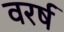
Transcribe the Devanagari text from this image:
वरर्ष